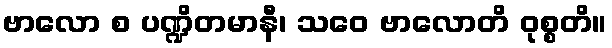
ဗာလော စ ပဏ္ဍိတမာနီ၊ သဝေ ဗာလောတိ ဝုစ္စတိ။